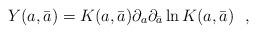
LaTeX: \begin{align*}Y(a,\bar a) =K(a,\bar a)\partial_{a}\partial_{\bar a}\ln K(a,\bar a)\ \ ,\end{align*}